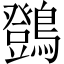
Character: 䳾